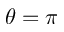
\theta = \pi